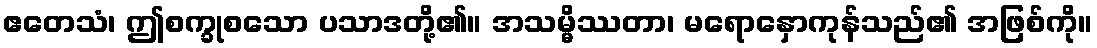
ဧတေသံ၊ ဤစက္ခုစသော ပသာဒတို့၏။ အသမ္မိဿတာ၊ မရောနှောကုန်သည်၏ အဖြစ်ကို။